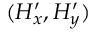
( H _ { x } ^ { \prime } , H _ { y } ^ { \prime } )